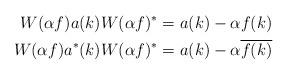
LaTeX: \begin{align*} W(\alpha f) a(k) W(\alpha f)^{*} &= a(k)-\alpha f(k)\\ W(\alpha f) a^*(k) W(\alpha f)^{*} &= a(k)-\alpha \overline{f(k)}\end{align*}